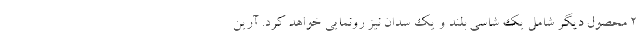
2 محصول دیگر شامل یک شاسی بلند و یک سدان نیز رونمایی خواهد کرد. آرین